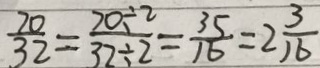
\frac { 7 0 } { 3 2 } = \frac { 7 0 \div 2 } { 3 2 \div 2 } = \frac { 3 5 } { 1 6 } = 2 \frac { 3 } { 1 6 }